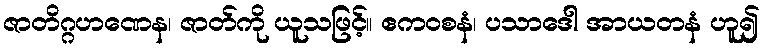
ဇာတိဂ္ဂဟဏေန၊ ဇာတ်ကို ယူသဖြင့်။ ဧကဝစနံ၊ ပသာဒေါ အာယတနံ ဟူ၍